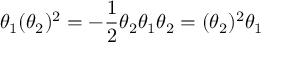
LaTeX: \theta _ { 1 } ( \theta _ { 2 } ) ^ { 2 } = - { \frac { 1 } { 2 } } \theta _ { 2 } \theta _ { 1 } \theta _ { 2 } = ( \theta _ { 2 } ) ^ { 2 } \theta _ { 1 }